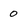
Character: 0